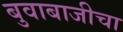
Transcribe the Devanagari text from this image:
बुवाबाजीचा